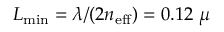
L _ { \mathrm { m i n } } = \lambda / ( 2 n _ { \mathrm { e f f } } ) = 0 . 1 2 ~ \mu